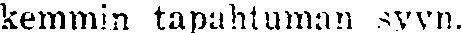
kemmin tapahtuman syyn.